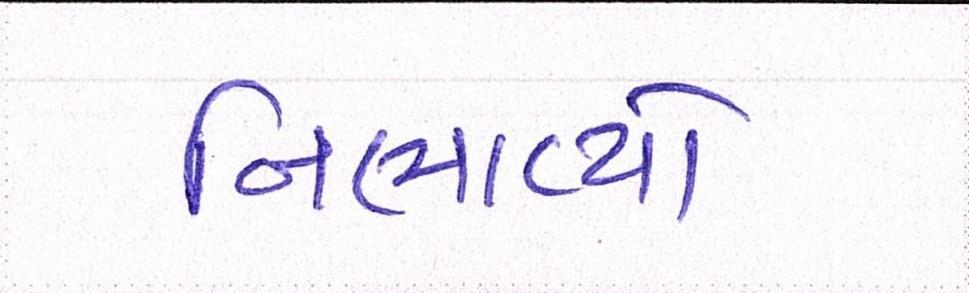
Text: નિભાવ્યો